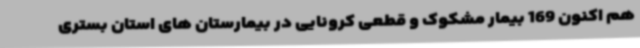
هم اکنون 169 بیمار مشکوک و قطعی کرونایی در بیمارستان های استان بستری